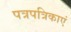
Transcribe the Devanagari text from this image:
पत्रपत्रिकाएं